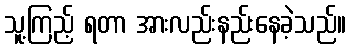
သူ့ကြည့် ရတာ အားလည်းနည်းနေခဲ့သည်။